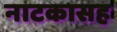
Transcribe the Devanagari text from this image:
नाटकासह